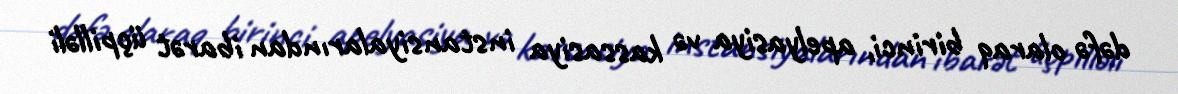
dəfə olaraq birinci, apelyasiya və kassasiya instansiyalarından ibarət üçpilləli